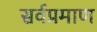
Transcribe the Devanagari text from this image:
सर्वप्रमाण